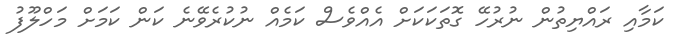
ކަމާއި ރައްޔިތުން ނުރުހޭ ގޮތަކަކަށް އެއްވެސް ކަމެއް ނުކުރެވޭނެ ކަން ކަމަށް މަހްލޫފު